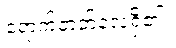
ရောက်တတ်လေ့ရှိ၏။